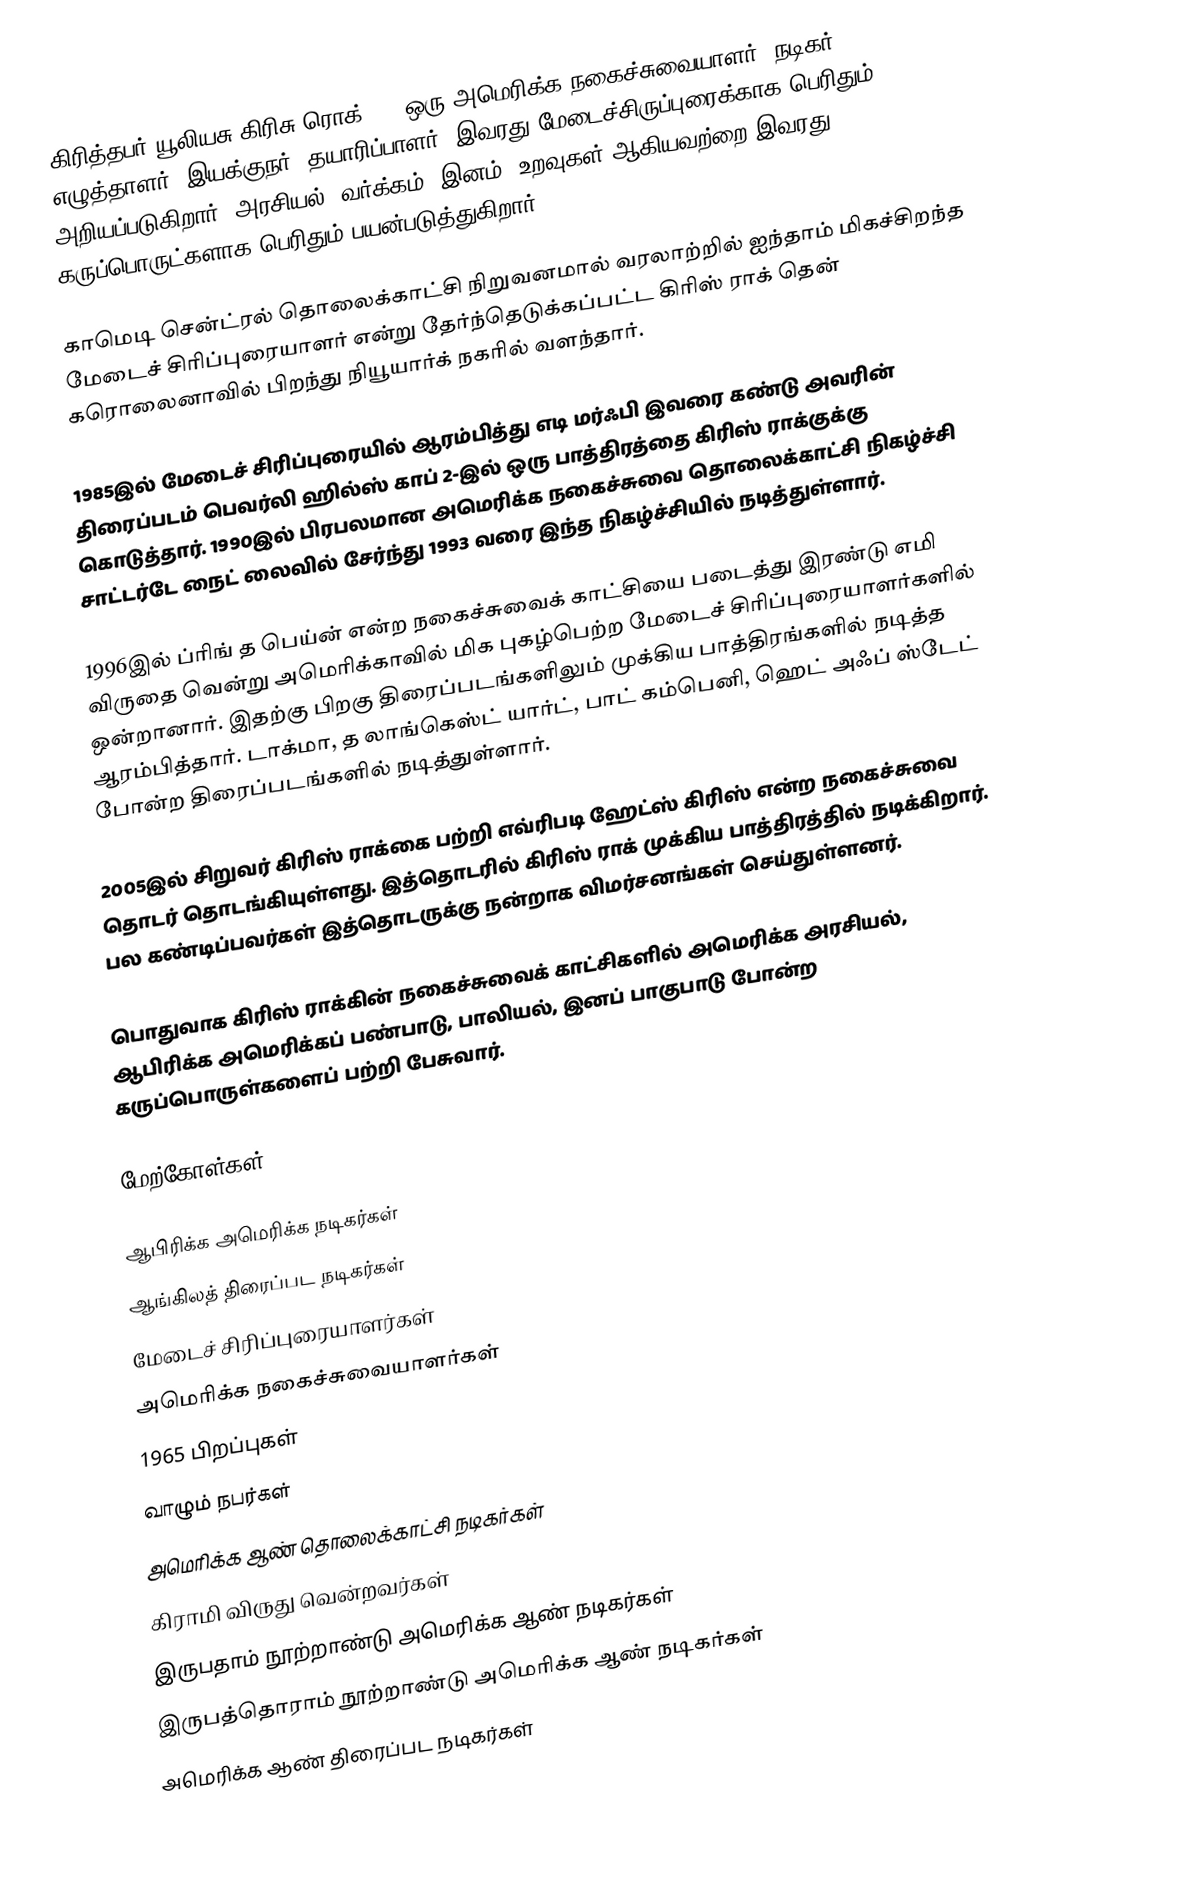
கிரித்தபர் யூலியசு கிரிசு ரொக் III ஒரு அமெரிக்க நகைச்சுவையாளர், நடிகர், எழுத்தாளர், இயக்குநர், தயாரிப்பாளர்.  இவரது மேடைச்சிருப்புரைக்காக பெரிதும் அறியப்படுகிறார்.  அரசியல், வர்க்கம், இனம், உறவுகள் ஆகியவற்றை இவரது கருப்பொருட்களாக பெரிதும் பயன்படுத்துகிறார்.

காமெடி சென்ட்ரல் தொலைக்காட்சி நிறுவனமால் வரலாற்றில் ஐந்தாம் மிகச்சிறந்த மேடைச் சிரிப்புரையாளர் என்று தேர்ந்தெடுக்கப்பட்ட கிரிஸ் ராக் தென் கரொலைனாவில் பிறந்து நியூயார்க் நகரில் வளந்தார்.

1985இல் மேடைச் சிரிப்புரையில் ஆரம்பித்து எடி மர்ஃபி இவரை கண்டு அவரின் திரைப்படம் பெவர்லி ஹில்ஸ் காப் 2-இல் ஒரு பாத்திரத்தை கிரிஸ் ராக்குக்கு கொடுத்தார். 1990இல் பிரபலமான அமெரிக்க நகைச்சுவை தொலைக்காட்சி நிகழ்ச்சி சாட்டர்டே நைட் லைவில் சேர்ந்து 1993 வரை இந்த நிகழ்ச்சியில் நடித்துள்ளார்.

1996இல் ப்ரிங் த பெய்ன் என்ற நகைச்சுவைக் காட்சியை படைத்து இரண்டு எமி விருதை வென்று அமெரிக்காவில் மிக புகழ்பெற்ற மேடைச் சிரிப்புரையாளர்களில் ஒன்றானார். இதற்கு பிறகு திரைப்படங்களிலும் முக்கிய பாத்திரங்களில் நடித்த ஆரம்பித்தார். டாக்மா, த லாங்கெஸ்ட் யார்ட், பாட் கம்பெனி, ஹெட் அஃப் ஸ்டேட் போன்ற திரைப்படங்களில் நடித்துள்ளார்.

2005இல் சிறுவர் கிரிஸ் ராக்கை பற்றி எவ்ரிபடி ஹேட்ஸ் கிரிஸ் என்ற நகைச்சுவை தொடர் தொடங்கியுள்ளது. இத்தொடரில் கிரிஸ் ராக் முக்கிய பாத்திரத்தில் நடிக்கிறார். பல கண்டிப்பவர்கள் இத்தொடருக்கு நன்றாக விமர்சனங்கள் செய்துள்ளனர்.

பொதுவாக கிரிஸ் ராக்கின் நகைச்சுவைக் காட்சிகளில் அமெரிக்க அரசியல், ஆபிரிக்க அமெரிக்கப் பண்பாடு, பாலியல், இனப் பாகுபாடு போன்ற கருப்பொருள்களைப் பற்றி பேசுவார்.

மேற்கோள்கள்

ஆபிரிக்க அமெரிக்க நடிகர்கள்
ஆங்கிலத் திரைப்பட நடிகர்கள்
மேடைச் சிரிப்புரையாளர்கள்
அமெரிக்க நகைச்சுவையாளர்கள்
1965 பிறப்புகள்
வாழும் நபர்கள்
அமெரிக்க ஆண் தொலைக்காட்சி நடிகர்கள்
கிராமி விருது வென்றவர்கள்
இருபதாம் நூற்றாண்டு அமெரிக்க ஆண் நடிகர்கள்
இருபத்தொராம் நூற்றாண்டு அமெரிக்க ஆண் நடிகர்கள்
அமெரிக்க ஆண் திரைப்பட நடிகர்கள்